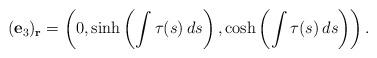
LaTeX: \begin{align*}(\mathbf{e}_{3})_{\textbf{r}}=\left( 0,\sinh \left( \int \tau (s)\,ds\right) ,\cosh \left( \int \tau(s)\,ds\right) \right).\end{align*}